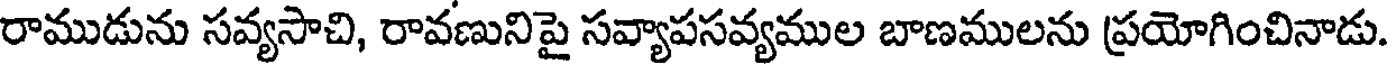
రాముడును సవ్యసాచి, రావణునిపై సవ్యాపసవ్యముల బాణములను ప్రయోగించినాడు.